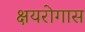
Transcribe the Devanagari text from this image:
क्षयरोगास